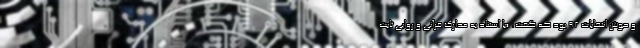
و حوش انتخابات ۹۲ بود که گفت: «با استناد به مدارک قرآني و روايي ثابت